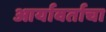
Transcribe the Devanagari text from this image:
आर्यावर्ताचा